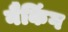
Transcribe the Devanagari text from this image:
नैकिंग